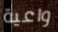
واعية